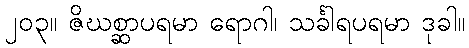
၂၀၃။ ဇိဃစ္ဆာပရမာ ရောဂါ၊ သင်္ခါရပရမာ ဒုခါ။